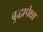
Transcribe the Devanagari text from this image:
बुद्धापेक्षा